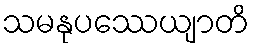
သမနုပဿေယျာတိ